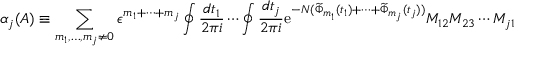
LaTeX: \alpha _ { j } ( A ) \equiv \sum _ { m _ { 1 } , \ldots , m _ { j } \neq 0 } \epsilon ^ { m _ { 1 } + \cdots + m _ { j } } \oint \frac { d t _ { 1 } } { 2 \pi i } \cdots \oint \frac { d t _ { j } } { 2 \pi i } \mathrm { e } ^ { - N ( \widetilde { \Phi } _ { m _ { 1 } } ( t _ { 1 } ) + \cdots + \widetilde { \Phi } _ { m _ { j } } ( t _ { j } ) ) } M _ { 1 2 } M _ { 2 3 } \cdots M _ { j 1 }